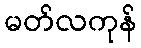
မတ်လကုန်